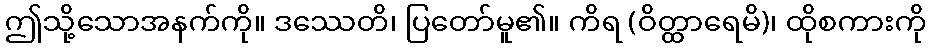
ဤသို့သောအနက်ကို။ ဒဿေတိ၊ ပြတော်မူ၏။ ကိရ (ဝိတ္ထာရေမိ)၊ ထိုစကားကို